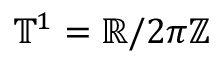
\ensuremath { \mathbb { T } } ^ { 1 } = \ensuremath { \mathbb { R } } / 2 \pi \ensuremath { \mathbb { Z } }